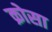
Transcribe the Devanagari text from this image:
क्रोसा